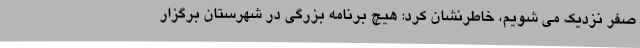
صفر نزدیک می شویم، خاطرنشان کرد: هیچ برنامه بزرگی در شهرستان برگزار